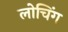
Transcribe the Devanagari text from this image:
लोचिंग